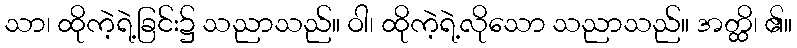
သာ၊ ထိုကဲ့ရဲ့ခြင်း၌ သညာသည်။ ဝါ၊ ထိုကဲ့ရဲ့လိုသော သညာသည်။ အတ္ထိ၊ ၏။